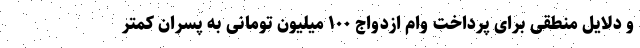
و دلایل منطقی برای پرداخت وام ازدواج ۱۰۰ میلیون تومانی به پسران کمتر